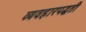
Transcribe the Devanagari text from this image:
व्यवहारपद्धती